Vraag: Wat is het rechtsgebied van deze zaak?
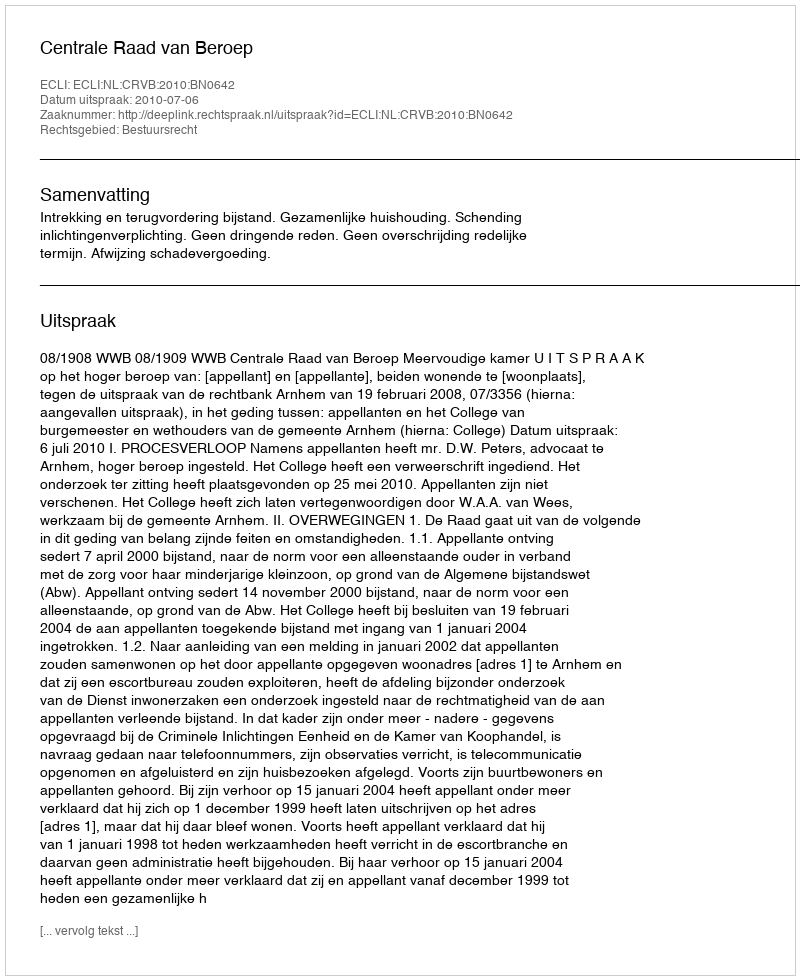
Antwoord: Bestuursrecht